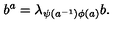
b ^ { a } = \lambda _ { \psi ( a ^ { - 1 } ) \phi ( a ) } b .